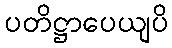
ပတိဋ္ဌာပေယျပိ